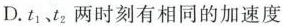
D.t_{1}、t_{2}两时刻有相同的加速度